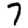
Digit: 7